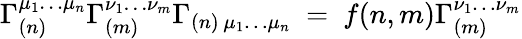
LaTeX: \Gamma_{(n)}^{\mu_{1}\ldots\mu_{n}}\Gamma_{(m)}^{\nu_{1}\ldots\nu_{m}}\Gamma_{(n)\, \mu_{1}\ldots\mu_{n}}~=~f(n,m)\Gamma_{(m)}^{\nu_{1}\ldots\nu_{m}}